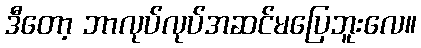
ဒီတော့ ဘာလုပ်လုပ်အဆင်မပြေဘူးလေ။